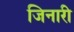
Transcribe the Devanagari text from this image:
जिनारी